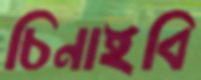
চিনাইবি